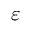
\varepsilon